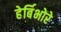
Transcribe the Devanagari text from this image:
हेर्बिभोरे